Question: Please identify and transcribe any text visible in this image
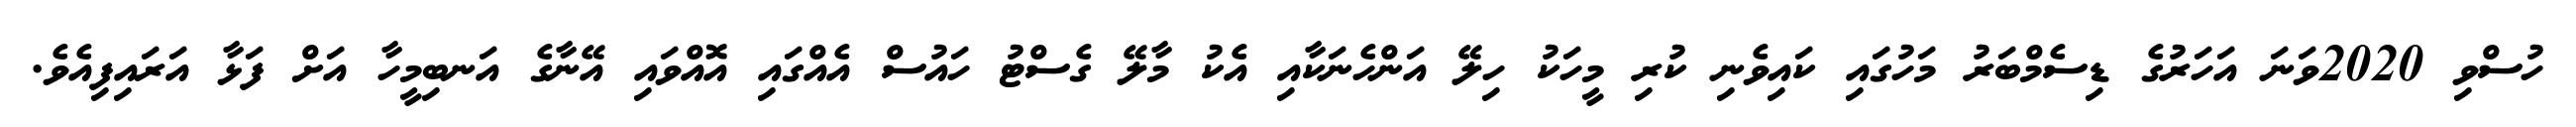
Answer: ހުސްވި 2020ވަނަ އަހަރުގެ ޑިސެމްބަރު މަހުގައި ކައިވެނި ކުރި މީހަކު ހިލޭ އަންހެނަކާއި އެކު މާލޭ ގެސްޓު ހައުސް އެއްގައި އޮއްވައި އޭނާގެ އަނބިމީހާ އަށް ފަޅާ އަރައިފިއެވެ.